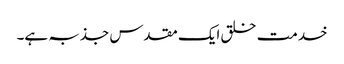
خدمت خلق ایک مقدس جذبہ ہے۔